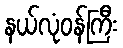
နယ်လုံဝန်ကြီး